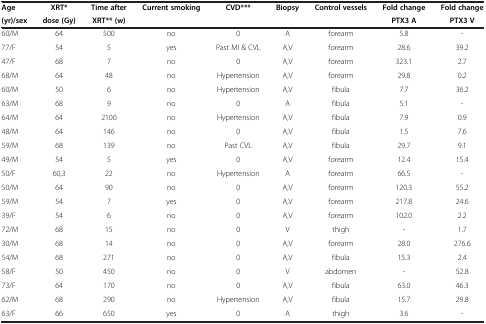
<table><thead><tr><td><b>Age</b></td><td><b>XRT*</b></td><td><b>Time after</b></td><td><b>Current smoking</b></td><td><b>CVD***</b></td><td><b>Biopsy</b></td><td><b>Control vessels</b></td><td><b>Fold change</b></td><td><b>Fold change</b></td></tr><tr><td><b>(yr)/sex</b></td><td><b>dose (Gy)</b></td><td><b>XRT** (w)</b></td><td><b> </b></td><td><b> </b></td><td><b> </b></td><td><b> </b></td><td><b>PTX3 A</b></td><td><b>PTX3 V</b></td></tr></thead><tbody><tr><td>60/M</td><td>64</td><td>500</td><td>no</td><td>0</td><td>A</td><td>forearm</td><td>5.8</td><td>-</td></tr><tr><td>77/F</td><td>54</td><td>5</td><td>yes</td><td>Past MI &amp; CVL</td><td>A,V</td><td>forearm</td><td>28.6</td><td>39.2</td></tr><tr><td>47/F</td><td>68</td><td>7</td><td>no</td><td>0</td><td>A,V</td><td>forearm</td><td>323.1</td><td>2.7</td></tr><tr><td>68/M</td><td>64</td><td>48</td><td>no</td><td>Hypertension</td><td>A,V</td><td>forearm</td><td>29.8</td><td>0.2</td></tr><tr><td>60/M</td><td>50</td><td>6</td><td>no</td><td>Hypertension</td><td>A,V</td><td>fibula</td><td>7.7</td><td>36.2</td></tr><tr><td>63/M</td><td>68</td><td>9</td><td>no</td><td>0</td><td>A</td><td>fibula</td><td>5.1</td><td>-</td></tr><tr><td>64/M</td><td>64</td><td>2100</td><td>no</td><td>Hypertension</td><td>A,V</td><td>fibula</td><td>7.9</td><td>0.9</td></tr><tr><td>48/M</td><td>64</td><td>146</td><td>no</td><td>0</td><td>A,V</td><td>fibula</td><td>1.5</td><td>7.6</td></tr><tr><td>59/M</td><td>68</td><td>139</td><td>no</td><td>Past CVL</td><td>A,V</td><td>fibula</td><td>29.7</td><td>9.1</td></tr><tr><td>49/M</td><td>54</td><td>5</td><td>yes</td><td>0</td><td>A,V</td><td>forearm</td><td>12.4</td><td>15.4</td></tr><tr><td>50/F</td><td>60,3</td><td>22</td><td>no</td><td>Hypertension</td><td>A</td><td>forearm</td><td>66.5</td><td>-</td></tr><tr><td>50/M</td><td>64</td><td>90</td><td>no</td><td>0</td><td>A,V</td><td>forearm</td><td>120.3</td><td>55.2</td></tr><tr><td>59/M</td><td>54</td><td>7</td><td>yes</td><td>0</td><td>A,V</td><td>forearm</td><td>217.8</td><td>24.6</td></tr><tr><td>39/F</td><td>54</td><td>6</td><td>no</td><td>0</td><td>A,V</td><td>forearm</td><td>102.0</td><td>2.2</td></tr><tr><td>72/M</td><td>68</td><td>15</td><td>no</td><td>0</td><td>V</td><td>thigh</td><td>-</td><td>1.7</td></tr><tr><td>30/M</td><td>68</td><td>14</td><td>no</td><td>0</td><td>A,V</td><td>forearm</td><td>28.0</td><td>276.6</td></tr><tr><td>54/M</td><td>68</td><td>271</td><td>no</td><td>0</td><td>A,V</td><td>fibula</td><td>15.3</td><td>2.4</td></tr><tr><td>58/F</td><td>50</td><td>450</td><td>no</td><td>0</td><td>V</td><td>abdomen</td><td>-</td><td>52.8</td></tr><tr><td>73/F</td><td>64</td><td>170</td><td>no</td><td>0</td><td>A,V</td><td>fibula</td><td>63.0</td><td>46.3</td></tr><tr><td>62/M</td><td>68</td><td>290</td><td>no</td><td>Hypertension</td><td>A,V</td><td>fibula</td><td>15.7</td><td>29.8</td></tr><tr><td>63/F</td><td>66</td><td>650</td><td>yes</td><td>0</td><td>A</td><td>thigh</td><td>3.6</td><td>-</td></tr></tbody></table>